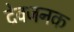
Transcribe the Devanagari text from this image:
देवजनक